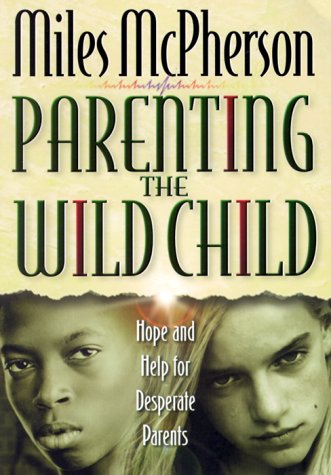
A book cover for Parenting the Wild Child; Miles McPherson; Parenting & Relationships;